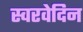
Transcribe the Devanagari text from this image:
स्वरवेदिन